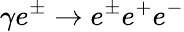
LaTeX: \gamma e^{\pm}\rightarrow e^{\pm}e^{+}e^{-}